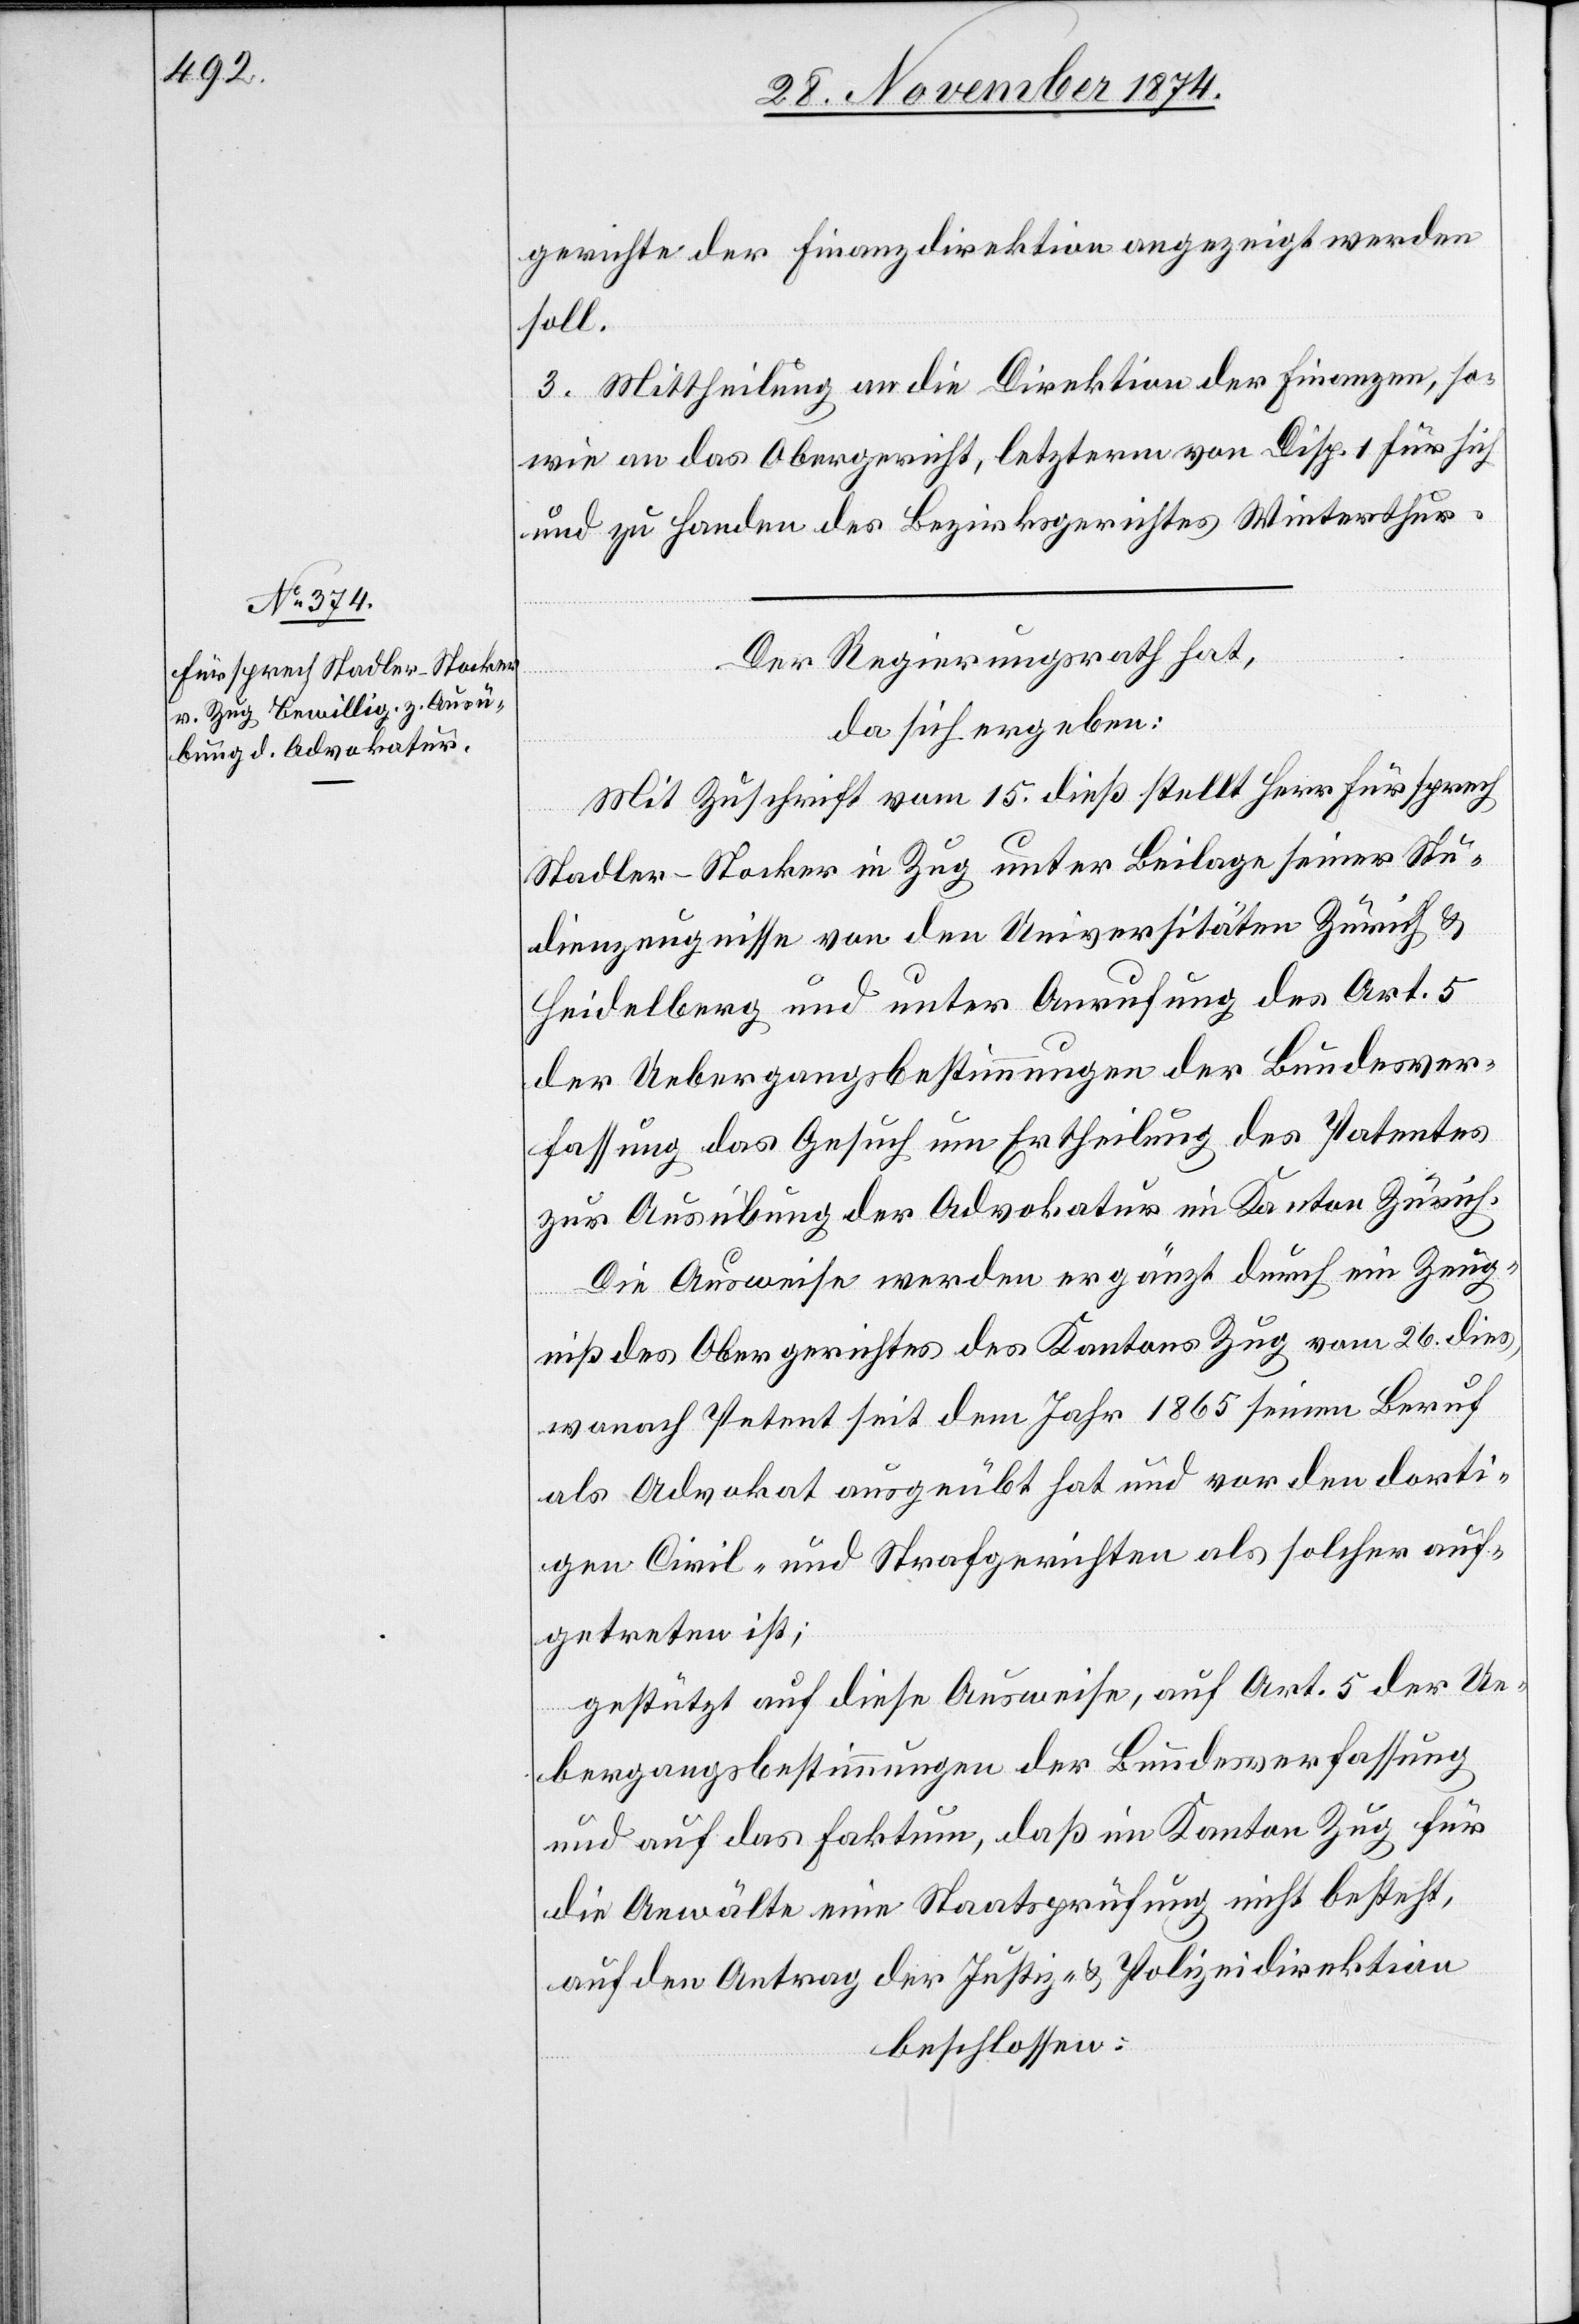
Der Regierungsrath hat,
da sich ergeben:
Mit Zuschrift vom 15. dieß stellt Herr Fürsprech
Stadler-Stocker in Zug unter Beilage seiner Stu¬
dienzeugnisse von den Universitäten Zürich &
Heidelberg und unter Anrufung des Art. 5
der Uebergangsbestimmungen der Beundesver¬
fassung, das Gesuch um Ertheilung des Patentes
zur Ausübung der Advokatur im Kanton Zürich.
Die Ausweise werden ergänzt durch ein Zeug¬
niß des Obergerichtes des Kantons Zug vom 26. dies,
wonach Petent seit dem Jahr 1865 seinen Beruf
als Advokat ausgeübt hat und vor den dorti¬
gen Civil- und Strafgerichten als solcher auf¬
getreten ist;
gestützt auf diese Ausweise, auf Art. 5 der Ue¬
bergangsbestimmungen der Bundesverfassung
und auf das Faktum, daß im Kanton Zug für
die Anwälte eine Staatsprüfung nicht besteht,
auf den Antrag der Justiz- & Polizeidirektion
beschlossen: